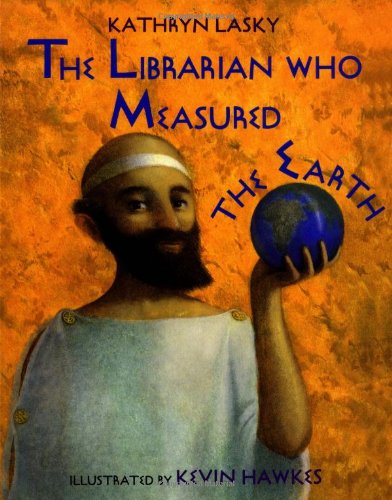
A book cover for The Librarian Who Measured the Earth; Kathryn Lasky; Children's Books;